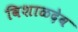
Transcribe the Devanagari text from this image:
विशाळदेव